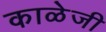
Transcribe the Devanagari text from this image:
काळेजी